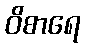
ဝိစာရေ